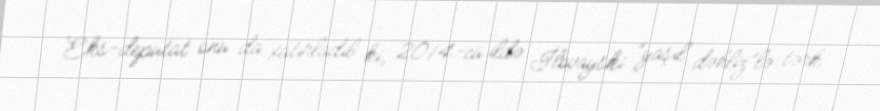
Eks-deputat onu da xatırladıb ki, 2014-cü ildə İlovayski “yaşıl dəhliz”lə tərk